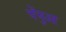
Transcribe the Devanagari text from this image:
चेंचुआ